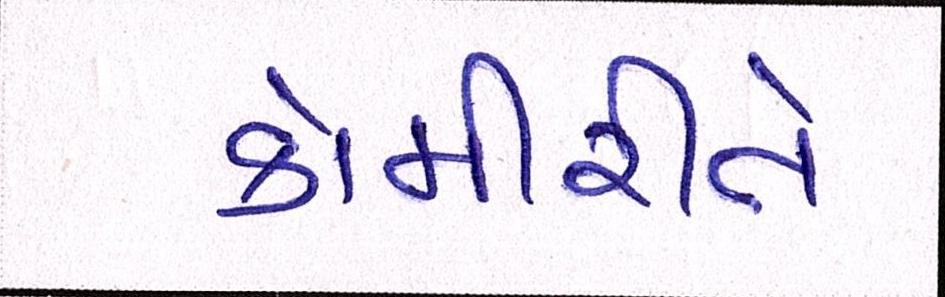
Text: કોમીરીતે